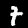
Digit: 7